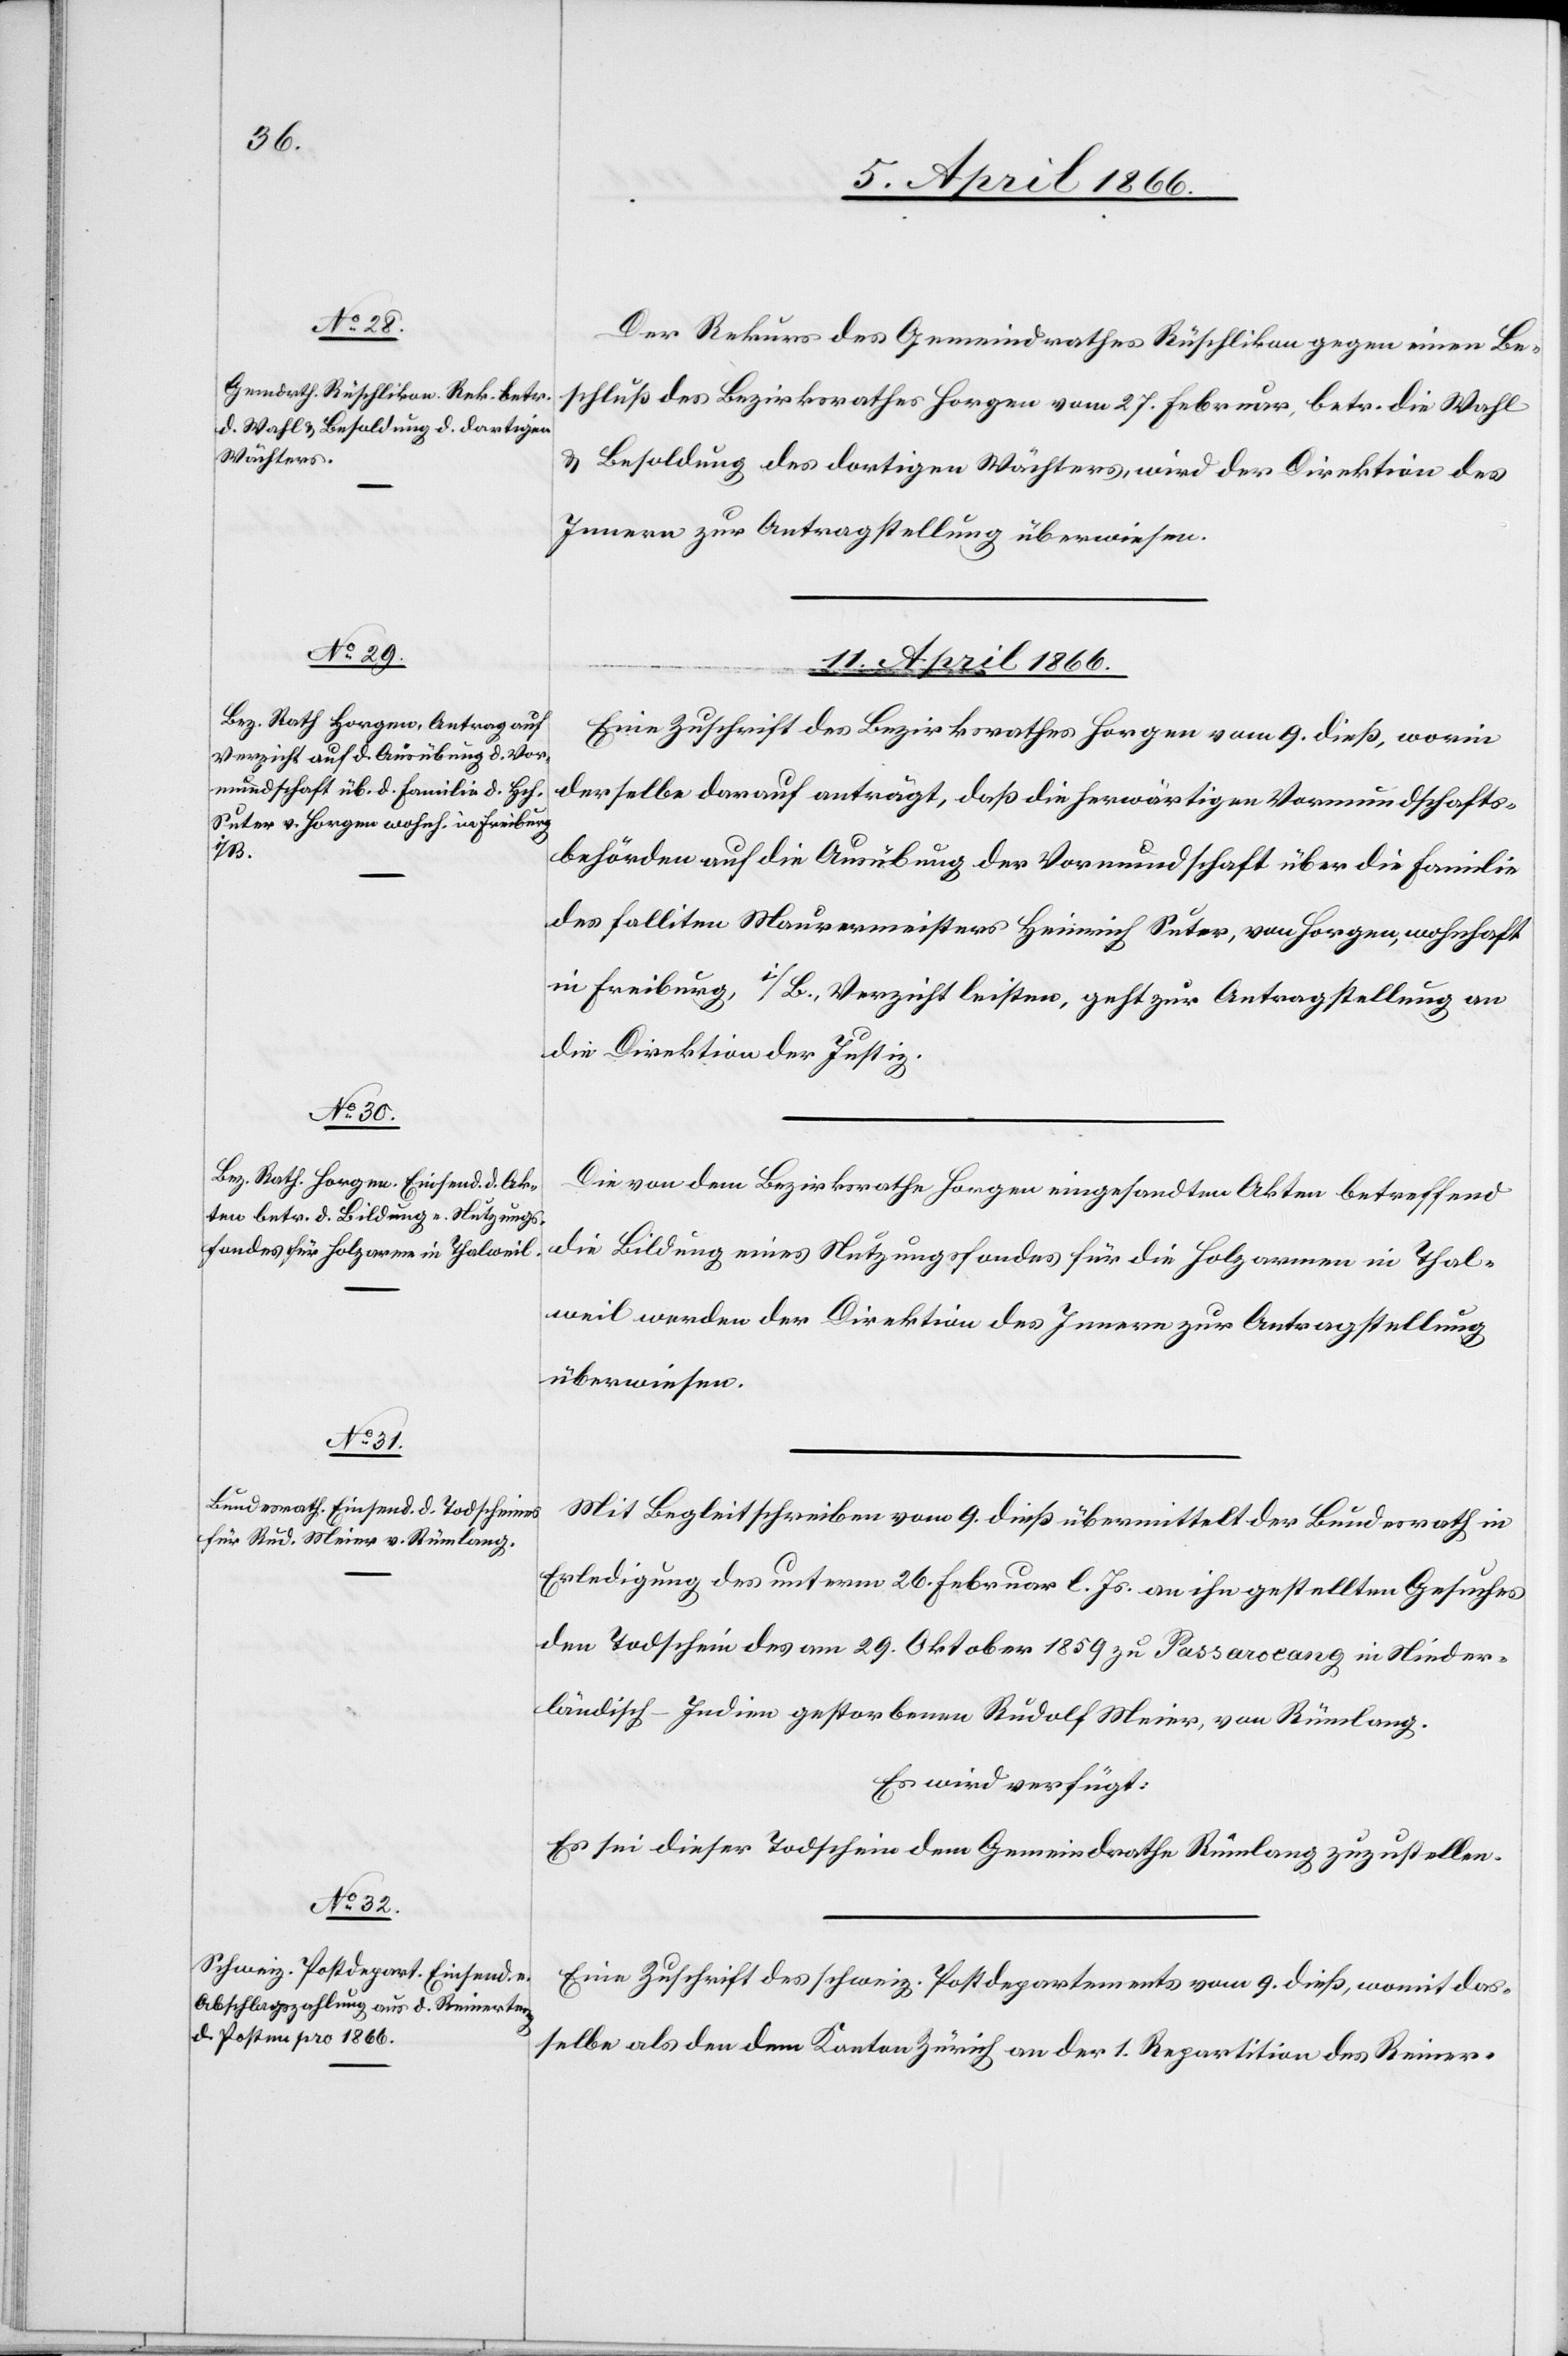
9. April 1866.]
Der Rekurs des Gemeindrathes Rüschlikon gegen einen Be¬
schluß des Bezirksrathes Horgen vom 27. Februar, betr. die Wahl
u. Besoldung des dortigen Wächters, wird der Direktion des
Innern zur Antragstellung überwiesen.
11. April 1866.]
Eine Zuschrift des Bezirksrathes Horgen vom 9. dieß, worin
derselbe darauf anträgt, daß die herwärtigen Vormundschafts¬
behörden auf die Ausübung der Vormundschaft über die Familie
des falliten Maurermeisters Heinrich Suter, von Horgen, wohnhaft
in Freiburg, i/B., Verzicht leisten, geht zur Antragstellung an
die Direktion der Justiz.
Die von dem Bezirksrathe Horgen eingesandten Akten betreffend
die Bildung eines Nutzungsfondes für die Holzarmen in Thal¬
weil werden der Direktion des Innern zur Antragstellung
überwiesen.
Mit Begleitschreiben vom 9. dieß übermittelt der Bundesrath in
Erledigung des unterm 26. Februar l. Js. an ihn gestellten Gesuches
den Todschein des am 29. Oktober 1859 zu [? Passarolang] in Nieder¬
ländisch-Indien gestorbenen Rudolf Meier, von Rümlang.
Es wird verfügt:
Es sei dieser Todschein dem Gemeindrath Rümlang zuzustellen.
Eine Zuschrift des schweiz. Postdepartements vom 9. dieß, womit das¬
selbe als den dem Kanton Zürich an der 1. Repartition des Reiner-